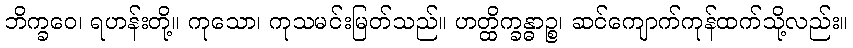
ဘိက္ခဝေ၊ ရဟန်းတို့။ ကုသော၊ ကုသမင်းမြတ်သည်။ ဟတ္ထိက္ခန္ဓာဉ္စ၊ ဆင်ကျောက်ကုန်ထက်သို့လည်း။